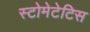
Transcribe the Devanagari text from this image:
स्टोमेटेटिस